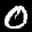
Label: 0